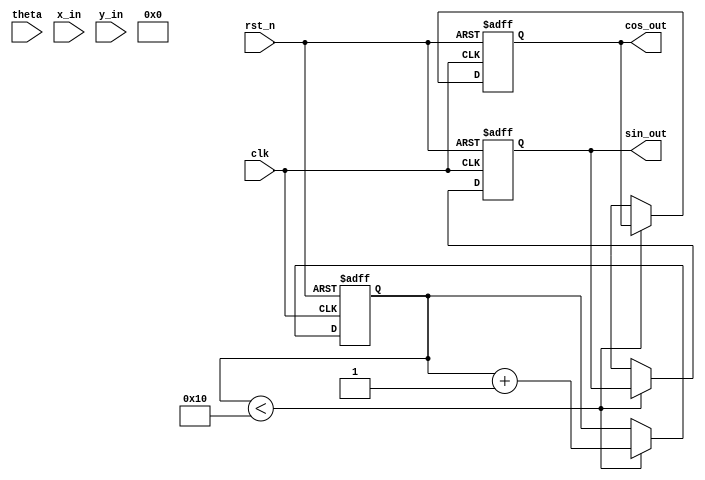
module cordic_rotational #(
    parameter WIDTH = 16,         // Bit-width for fixed-point representation
    parameter ITERATIONS = 16     // Number of iterations for precision
)(
    input wire clk,               // Clock signal
    input wire rst_n,             // Asynchronous reset (active low)
    input wire [WIDTH-1:0] theta, // Angle input (in fixed-point)
    input wire [WIDTH-1:0] x_in,  // X coordinate input
    input wire [WIDTH-1:0] y_in,  // Y coordinate input
    output reg [WIDTH-1:0] cos_out,// Cosine output
    output reg [WIDTH-1:0] sin_out // Sine output
);

    // Internal signals
    reg [WIDTH-1:0] x [0:ITERATIONS-1]; // X coordinates
    reg [WIDTH-1:0] y [0:ITERATIONS-1]; // Y coordinates
    reg [WIDTH-1:0] z [0:ITERATIONS-1]; // Angle accumulator
    reg [4:0] i; // Iteration counter
    reg [WIDTH-1:0] atan_table [0:ITERATIONS-1]; // Lookup table for arctangent values
    reg [WIDTH-1:0] K; // Scaling factor

    // Initialize the arctangent lookup table and scaling factor
    initial begin
        // Precomputed arctangent values (in fixed-point)
        atan_table[0] = 16'h2000; // atan(2^-0) = 0.5
        atan_table[1] = 16'h1000; // atan(2^-1) = 0.25
        atan_table[2] = 16'h0800; // atan(2^-2) = 0.125
        // ... (fill in for all iterations)
        atan_table[15] = 16'h0001; // atan(2^-15)

        // CORDIC gain (approximation)
        K = 16'h26DD; // ~0.6072 in fixed-point
    end

    // Control unit and iteration logic
    always @(posedge clk or negedge rst_n) begin
        if (!rst_n) begin
            // Reset all registers
            cos_out <= 0;
            sin_out <= 0;
            i <= 0;
            x[0] <= x_in;
            y[0] <= y_in;
            z[0] <= theta;
        end else if (i < ITERATIONS) begin
            // CORDIC iteration
            if (z[i] < 0) begin
                // Rotate clockwise
                x[i+1] <= x[i] + (y[i] >>> i);
                y[i+1] <= y[i] - (x[i] >>> i);
                z[i+1] <= z[i] + atan_table[i];
            end else begin
                // Rotate counterclockwise
                x[i+1] <= x[i] - (y[i] >>> i);
                y[i+1] <= y[i] + (x[i] >>> i);
                z[i+1] <= z[i] - atan_table[i];
            end
            i <= i + 1;
        end else begin
            // Final output after iterations
            cos_out <= (x[ITERATIONS] * K) >>> 8; // Scale and output cosine
            sin_out <= (y[ITERATIONS] * K) >>> 8; // Scale and output sine
        end
    end

endmodule